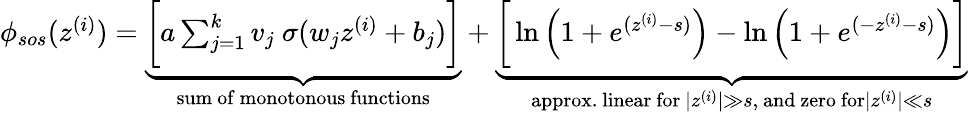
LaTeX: \begin{array}{r}{\phi_{sos}(z^{(i)})=\underbrace{\bigg[a\sum_{j=1}^{k}v_{j}\ \sigma(w_{j}z^{(i)}+b_{j})\bigg]}_{\mathrm{sum~of~monotonous~functions}}+\underbrace{\bigg[\ln\left(1+e^{(z^{(i)}-s)}\right)-\ln\left(1+e^{(-z^{(i)}-s)}\right)\bigg]}_{\mathrm{approx.~linear~for~}|z^{(i)}|\gg s\mathrm{,~and~zero~for}|z^{(i)}|\ll s}}\end{array}